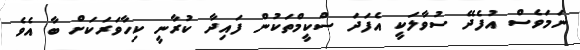
ނަމަވެސް އުފެދޭ ސުވާލަކީ އެފަދަ ސްކީމްތަކުން ފައިދާ ކުރާނީ ކިހާވަރަކަށް ބާ އެވެ